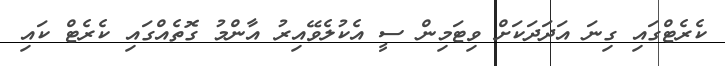
ކެރެޓްގައި ގިނަ އަދަދަކަށް ވިޓަމިން ސީ އެކުލެވޭއިރު އާންމު ގޮތެއްގައި ކެރެޓް ކައި